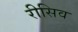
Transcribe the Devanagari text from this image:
रीसिव